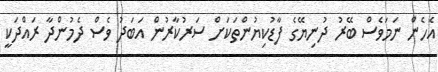
އެހެން ނަމަވެސް ބޭރު ދުނިޔޭގެ ފާޑުކިޔުންތަކަށް ސަރުކާރުން އަބަދު ވެސް ދެމުންދާ ރައްދަކީ